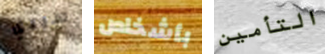
سيدي بأشخاص التأمين